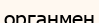
органмен